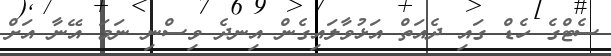
ސެޓްގެ ހެޑް ގައި ދެއަތް އަޅުވާލައިގެން އިނދެ ވިސްނި ނަމަ އޭނާ އަށް